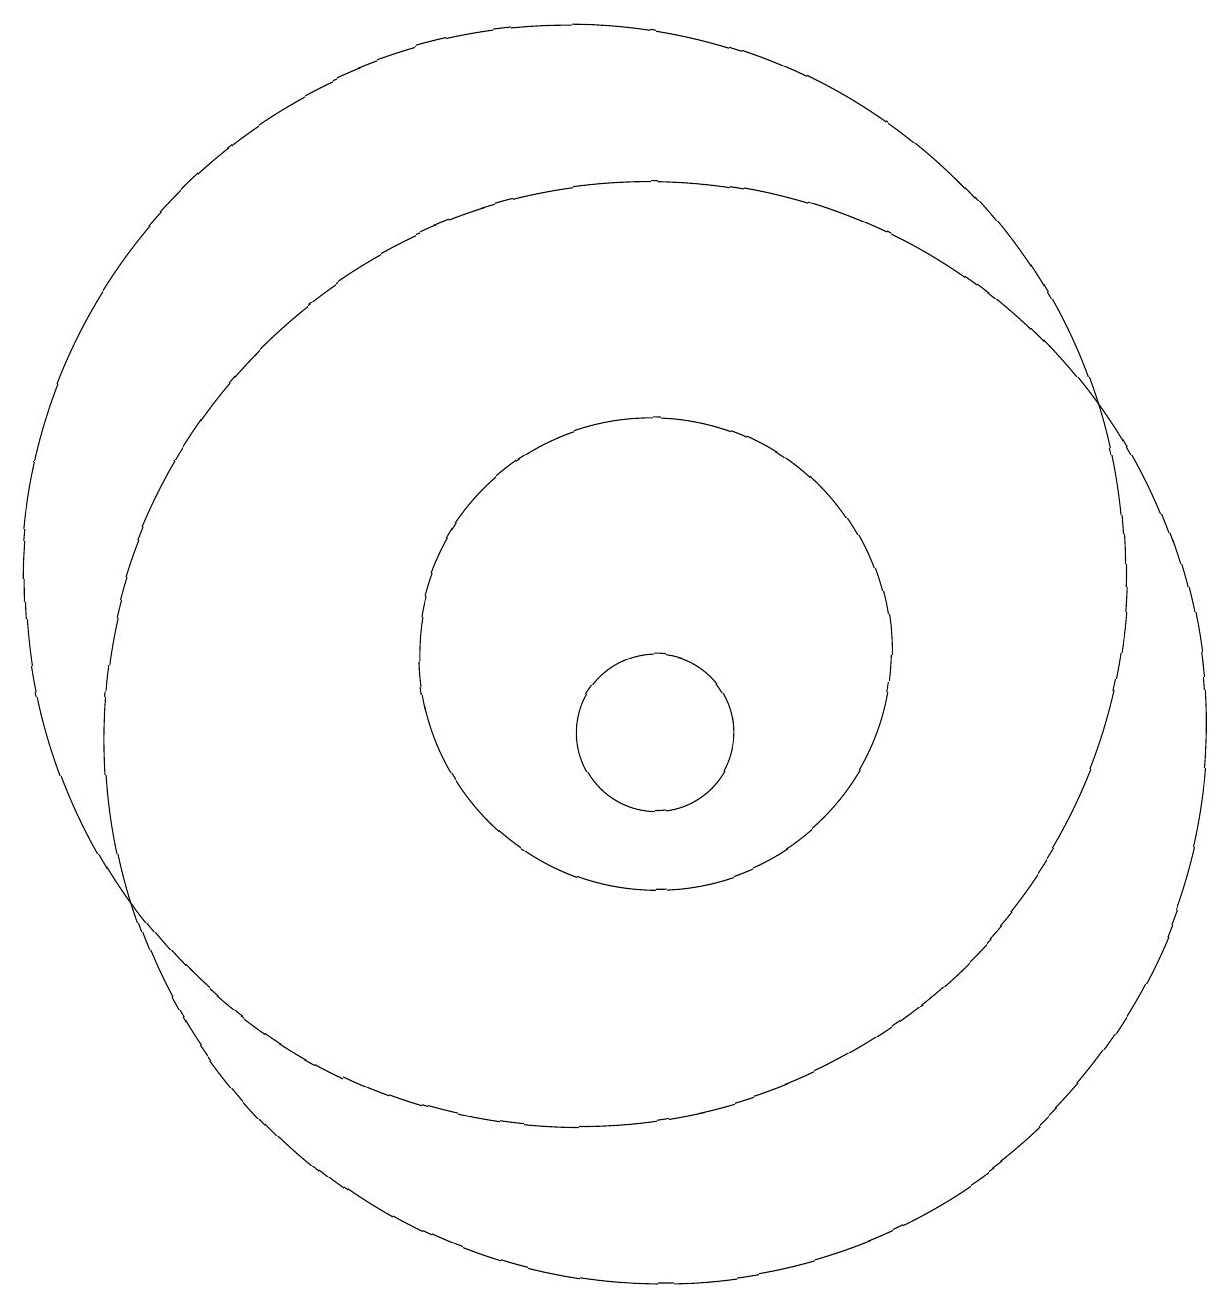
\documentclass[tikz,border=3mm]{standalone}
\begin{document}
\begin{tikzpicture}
\draw (12,10) circle (1);
\draw (12,10) circle (7);
\draw (12,11) circle (3);
\draw (11,12) circle (7);
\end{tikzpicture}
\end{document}